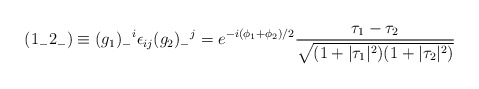
\begin{align*} ({1_-2_-}) \equiv (g_1)_-{}^i\epsilon_{ij} (g_2)_-{}^j = e^{-i{(\phi_1+\phi_2)/2}} \frac{\tau_1-\tau_2}{\sqrt{(1+|\tau_1|^2)(1+|\tau_2|^2)}}\end{align*}